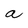
Character: a